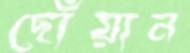
ছোঁয়ান